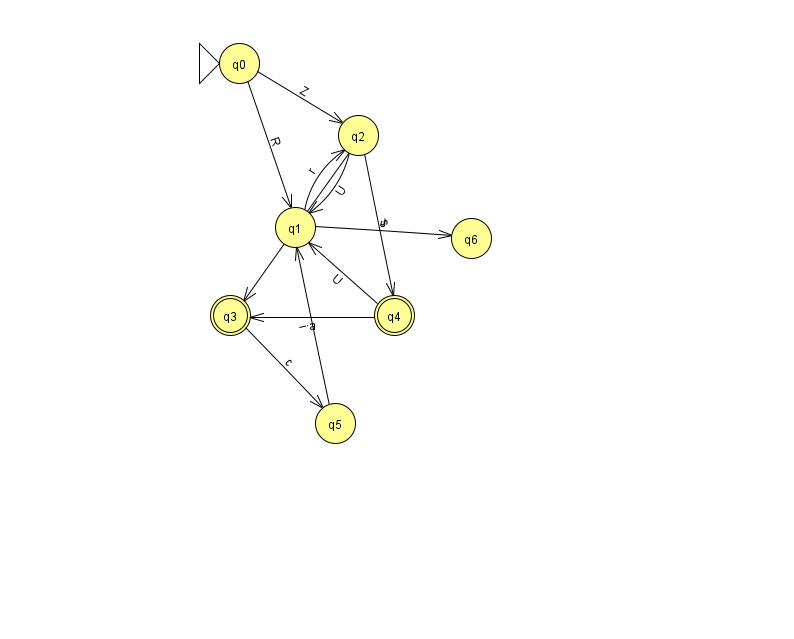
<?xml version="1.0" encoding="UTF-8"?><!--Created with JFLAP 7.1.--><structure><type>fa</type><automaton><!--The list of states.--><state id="0" name="q0"><x>239.0</x><y>50.0</y><initial/></state><state id="1" name="q1"><x>295.0</x><y>214.0</y></state><state id="2" name="q2"><x>358.0</x><y>122.0</y></state><state id="3" name="q3"><x>230.0</x><y>302.0</y><final/></state><state id="4" name="q4"><x>394.0</x><y>302.0</y><final/></state><state id="5" name="q5"><x>335.0</x><y>410.0</y></state><state id="6" name="q6"><x>471.0</x><y>225.0</y></state><!--The list of transitions.--><transition><from>2</from><to>1</to><read>U</read></transition><transition><from>2</from><to>4</to><read>s</read></transition><transition><from>2</from><to>3</to><read>n</read></transition><transition><from>1</from><to>6</to><read>J</read></transition><transition><from>4</from><to>1</to><read>U</read></transition><transition><from>0</from><to>1</to><read>R</read></transition><transition><from>3</from><to>5</to><read>c</read></transition><transition><from>5</from><to>1</to><read>i</read></transition><transition><from>1</from><to>2</to><read>r</read></transition><transition><from>0</from><to>2</to><read>Z</read></transition><transition><from>4</from><to>3</to><read>a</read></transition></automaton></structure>